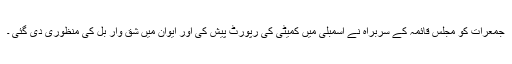
جمعرات کو مجلس قائمہ کے سربراہ نے اسمبلی میں کمیٹی کی رپورٹ پیش کی اور ایوان میں شق وار بل کی منظوری دی گئی ۔